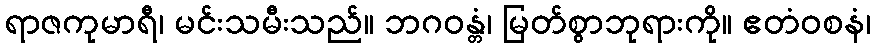
ရာဇကုမာရီ၊ မင်းသမီးသည်။ ဘဂဝန္တံ၊ မြတ်စွာဘုရားကို။ ဧတံဝစနံ၊